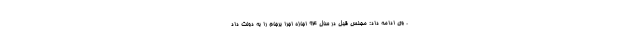
. وی ادامه داد: مجلسِ قبل در سال ۹۴ اجازه اجرا برجام را به دولت داد